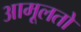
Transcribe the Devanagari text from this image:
आमूलतो